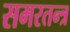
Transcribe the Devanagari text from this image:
समरतन्त्र